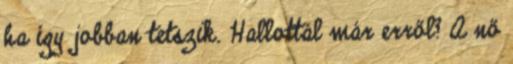
ha így jobban tetszik. Hallottál már erről? A nő